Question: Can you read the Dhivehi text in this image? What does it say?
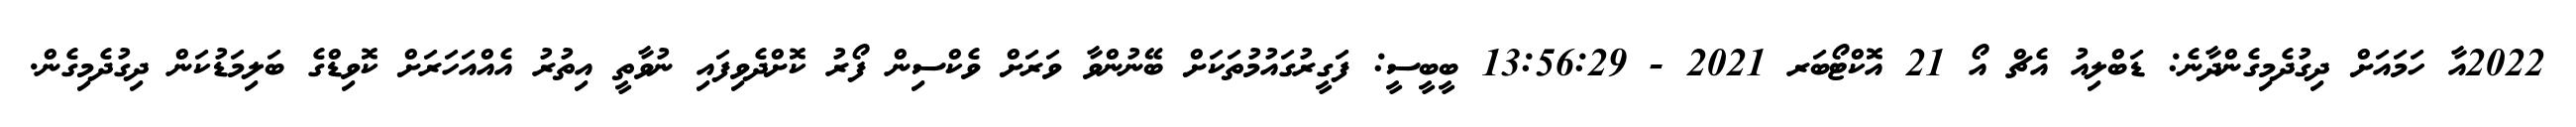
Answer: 2022އާ ހަމައަށް ދިގުދެމިގެންދާނެ: ޑަބްލިއު އެޗް އޯ 21 އޮކްޓޯބަރ 2021 - 13:56:29 ބީބީސީ: ފަގީރުގައުމުތަކަށް ބޭނުންވާ ވަރަށް ވެކްސިން ފޯރު ކޮށްދެވިފައި ނުވާތީ އިތުރު އެއްއަހަރަށް ކޮވިޑްގެ ބަލިމަޑުކަން ދިގުދެމިގެން.